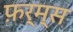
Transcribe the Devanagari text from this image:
फ़र्म्स